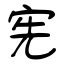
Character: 宪